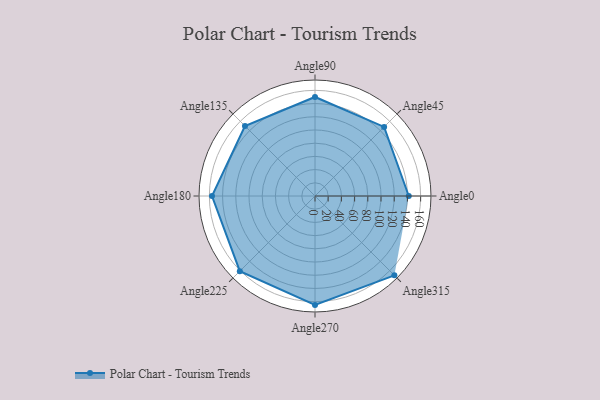
{"axis": {"x": "Angle", "y": "Radius"}, "legend": [""], "data": [{"x": "Angle0", "y": 142.0, "type": ""}, {"x": "Angle45", "y": 148.0, "type": ""}, {"x": "Angle90", "y": 150.0, "type": ""}, {"x": "Angle135", "y": 150.0, "type": ""}, {"x": "Angle180", "y": 156.0, "type": ""}, {"x": "Angle225", "y": 161.0, "type": ""}, {"x": "Angle270", "y": 165.0, "type": ""}, {"x": "Angle315", "y": 170, "type": ""}]}